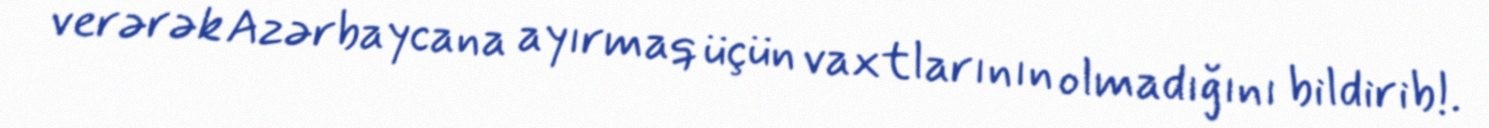
verərək Azərbaycana ayırmaq üçün vaxtlarının olmadığını bildirib!.